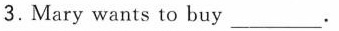
3.Mary wants to buy ___ .